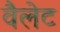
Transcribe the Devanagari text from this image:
वैलेट